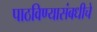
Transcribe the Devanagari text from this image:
पाठविण्यासंबधीचे